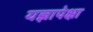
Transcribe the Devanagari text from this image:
यज्ञापेक्षा